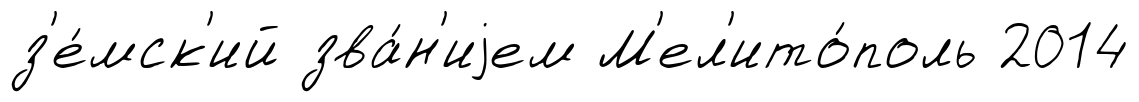
з'е́мск'ий зва́н'иjем М'ел'ито́поль 2014